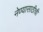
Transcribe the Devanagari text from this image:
नेण्यासाठीची